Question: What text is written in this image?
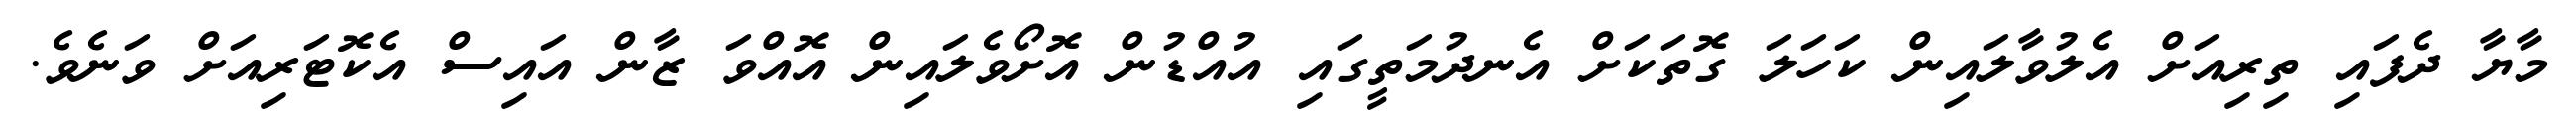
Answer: މާޔާ ދެފައި ތިރިއަށް އެލުވާލައިން ކަހަލަ ގޮތަކަށް އެނދުމަތީގައި އުއްޑުން އޮށޯވެލައިން އޮއްވަ ޒާން އައިސް އެކޮޓަރިއަށް ވަނެވެ.